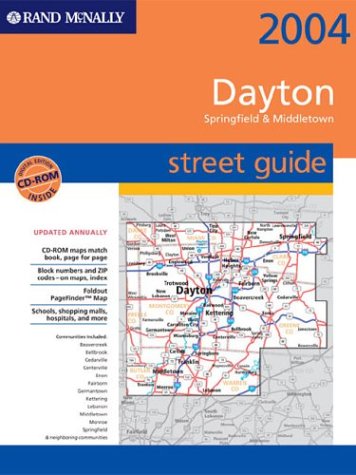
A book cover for Street Guide-Dayton/Springfield/Middletown (Rand McNally Street Guides); Rand McNally; Travel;